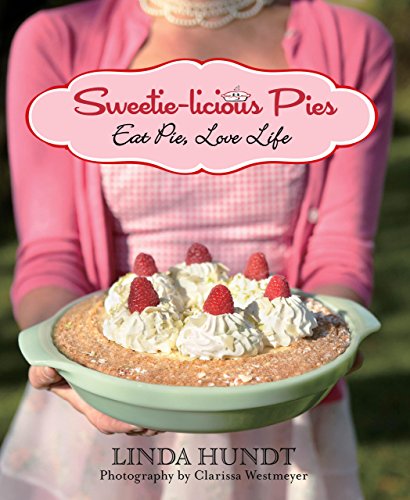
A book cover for Sweetie-licious Pies: Eat Pie, Love Life; Linda Hundt; Cookbooks, Food & Wine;